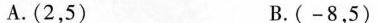
A.(2，5) B.(-8，5)